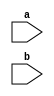
module bnn (
  input wire a,
  input wire b
);
  
endmodule